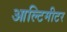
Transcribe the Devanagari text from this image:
आल्टिमीटर